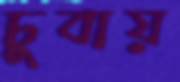
চুবায়